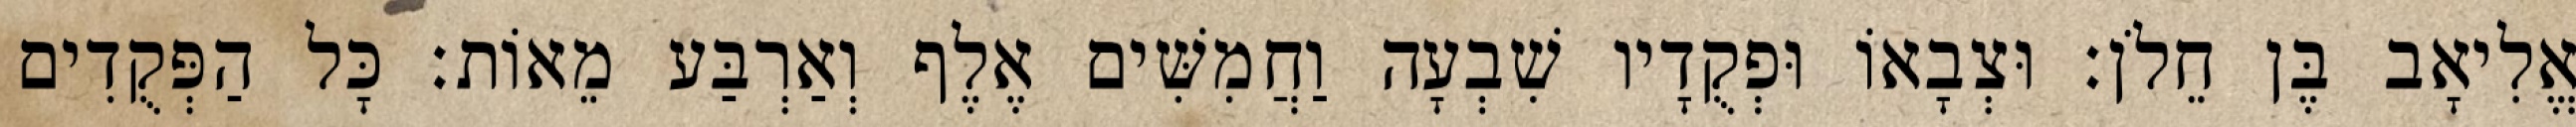
אֱלִיאָב בֶּן חֵלֹן׃ וּצְבָאוֹ וּפְקֻדָיו שִׁבְעָה וַחֲמִשִּׁים אֶלֶף וְאַרְבַּע מֵאוֹת׃ כָּל הַפְּקֻדִים